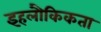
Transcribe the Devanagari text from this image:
इहलौकिकता